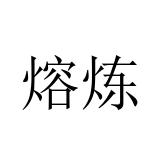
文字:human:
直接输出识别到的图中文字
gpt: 熔炼